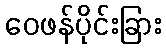
ဝေဖန်ပိုင်းခြား